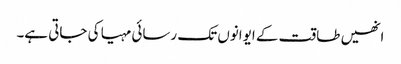
انھیں طاقت کے ایوانوں تک رسائی مہیا کی جاتی ہے۔